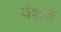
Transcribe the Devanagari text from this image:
वंशंज